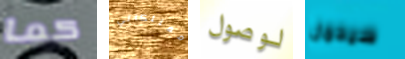
كما ممتلكاتي لوصول سيحمل